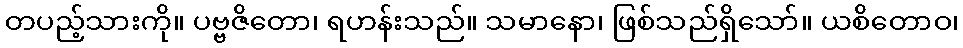
တပည့်သားကို။ ပဗ္ဗဇိတော၊ ရဟန်းသည်။ သမာနော၊ ဖြစ်သည်ရှိသော်။ ယစိတောဝ၊